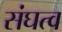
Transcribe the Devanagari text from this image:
संघत्व